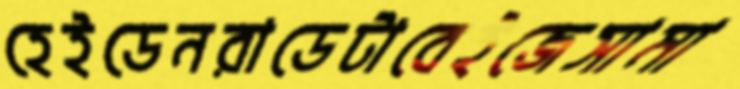
হেইডেনরাডেটাবেইজেসামা